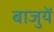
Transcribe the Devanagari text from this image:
बाजुयें